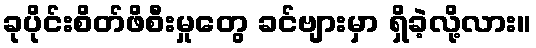
ခုပိုင်းစိတ်ဖိစီးမှုတွေ ခင်ဗျားမှာ ရှိခဲ့လို့လား။